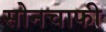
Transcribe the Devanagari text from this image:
सोनचाफी